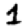
Digit: 1